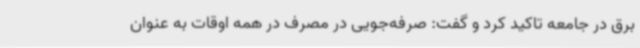
برق در جامعه تاکید کرد و گفت: صرفه‌جویی در مصرف در همه اوقات به عنوان